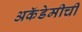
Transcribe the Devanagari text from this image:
अकॅडेमीची